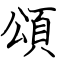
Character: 頌